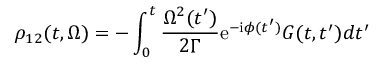
\rho _ { 1 2 } ( t , \Omega ) = - \int _ { 0 } ^ { t } \frac { \Omega ^ { 2 } ( t ^ { \prime } ) } { 2 \Gamma } \mathrm { e } ^ { - \mathrm { i } \phi ( t ^ { \prime } ) } G ( t , t ^ { \prime } ) d t ^ { \prime }